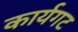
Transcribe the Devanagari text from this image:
कार्यगट